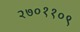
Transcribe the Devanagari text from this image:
२७०११०९